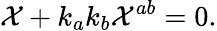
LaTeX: {\cal X}+k_{a}k_{b}{\cal X}^{ab}=0.